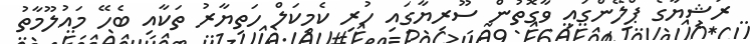
ރަޝިޔާގެ ޕްލޭންގައި ވާގޮތުން ސޫރިޔާގައި ހުރި ކެމިކަލް ހަތިޔާރު ތަކާއި ބެހޭ މައުލޫމާތު